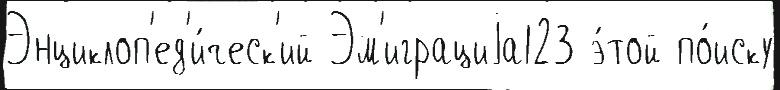
Энциклоп'ед'и́ческ'ий Эм'играциjа123 э́той по́иску